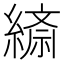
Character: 𦄴